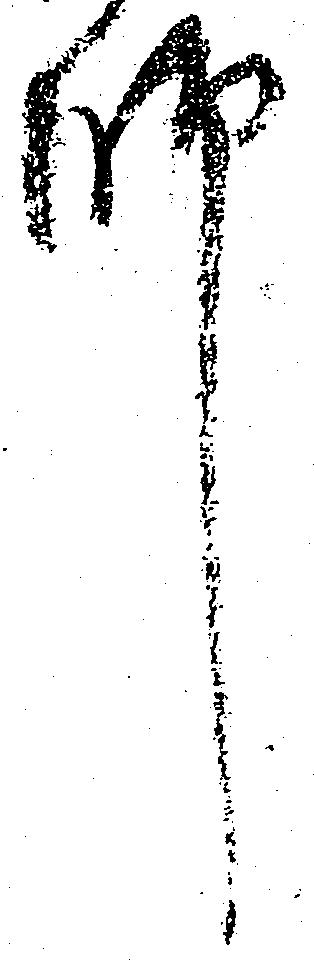
師